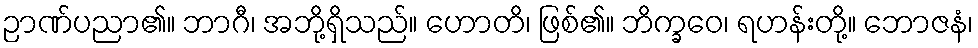
ဉာဏ်ပညာ၏။ ဘာဂီ၊ အဘို့ရှိသည်။ ဟောတိ၊ ဖြစ်၏။ ဘိက္ခဝေ၊ ရဟန်းတို့။ ဘောဇနံ၊